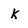
Character: k